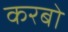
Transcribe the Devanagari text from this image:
करबो